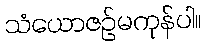
သံယောဇဉ်မကုန်ပါ။